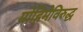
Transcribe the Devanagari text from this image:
मोहिमेविरुद्ध